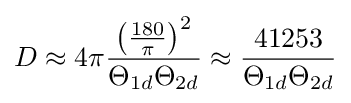
D\approx 4\pi {\frac {\left({\frac {180}{\pi }}\right)^{2}}{\Theta _{1d}\Theta _{2d}}}\approx {\frac {41253}{\Theta _{1d}\Theta _{2d}}}